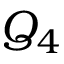
Q _ { 4 }